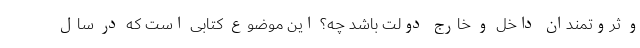
و ثروتمندان داخل و خارج دولت باشد چه؟ این موضوع کتابی است که در سال